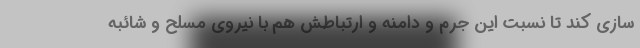
سازی کند تا نسبت این جرم و دامنه و ارتباطش هم با نیروی مسلح و شائبه